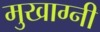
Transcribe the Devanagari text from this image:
मुखाग्नी